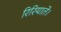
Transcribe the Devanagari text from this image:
रिरियाते।